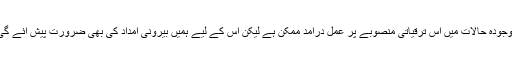
موجودہ حالات میں اس ترقیاتی منصوبے پر عمل درآمد ممکن ہے لیکن اس کے لیے ہمیں بیرونی امداد کی بھی ضرورت پیش آئے گی۔